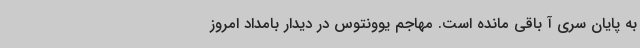
به پایان سری آ باقی مانده است. مهاجم یوونتوس در دیدار بامداد امروز